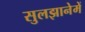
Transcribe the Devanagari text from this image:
सुलझानेमें